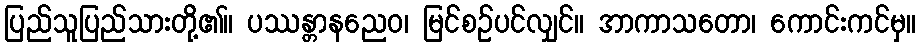
ပြည်သူပြည်သားတို့၏။ ပဿန္တာနညေဝ၊ မြင်စဉ်ပင်လျှင်။ အာကာသတော၊ ကောင်းကင်မှ။